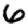
Digit: 6